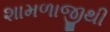
શામળાજીથી